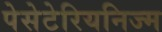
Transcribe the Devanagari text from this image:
पेसेटेरियनिज्म